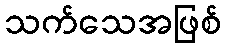
သက်သေအဖြစ်